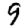
Digit: 9